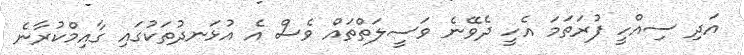
އަދި ސިއްހީ ފުރަތަމަ އެހީ ދެވޭނެ ވަސީލަތްތައް ވެސް އެ އުޅަނދުތަކުގައި ގާއިމްކުރާނެ